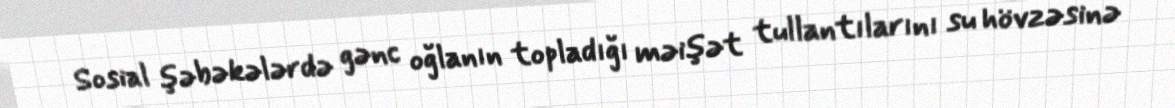
Sosial şəbəkələrdə gənc oğlanın topladığı məişət tullantılarını su hövzəsinə